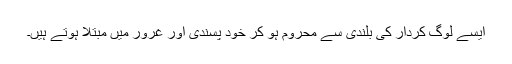
ایسے لوگ کردار کی بلندی سے محروم ہو کر خود پسندی اور غرور میں مبتلا ہوتے ہیں۔